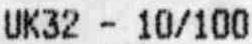
UK32 - 10/100